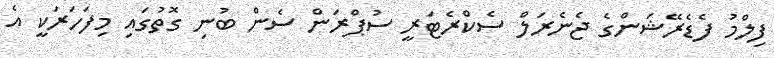
ފިލްމު ފެޑެރޭޝަންގެ ޖެނެރަލް ސެކްރެޓަރީ ސުޕްރަން ސެން ބުނި ގޮތުގައި މިފަހަރަކީ އެ